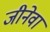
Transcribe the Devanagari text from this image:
जीनेवा